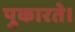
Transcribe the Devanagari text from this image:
पुकारते।